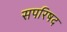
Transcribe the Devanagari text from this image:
सपरिषद